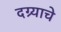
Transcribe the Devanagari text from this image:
दग्र्याचे